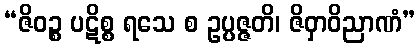
“ဇိဝဉ္စ ပဋိစ္စ ရသေ စ ဥပ္ပဇ္ဇတိ၊ ဇိဝှာဝိညာဏံ”